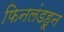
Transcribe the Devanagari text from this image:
फिनलंडहून